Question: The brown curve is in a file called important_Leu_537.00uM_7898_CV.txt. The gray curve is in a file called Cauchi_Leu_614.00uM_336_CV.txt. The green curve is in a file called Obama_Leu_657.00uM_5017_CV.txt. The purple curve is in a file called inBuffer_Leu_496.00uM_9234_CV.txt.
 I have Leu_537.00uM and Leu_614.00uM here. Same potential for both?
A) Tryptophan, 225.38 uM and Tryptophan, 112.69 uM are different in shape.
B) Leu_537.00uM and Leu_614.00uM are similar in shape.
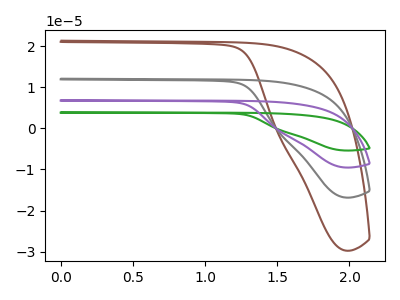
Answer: <think>The brown curve "Leu_537.00uM" has no peaks. The gray curve "Leu_614.00uM" has no peaks. The green curve "Leu_657.00uM" has no peaks. The purple curve "Leu_496.00uM" has no peaks.
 Neither "Leu_537.00uM" or "Leu_614.00uM" have any peaks.</think>
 <answer>B) "Leu_537.00uM" and "Leu_614.00uM" are similar in shape.</answer>
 <eval>B</eval>